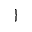
\}